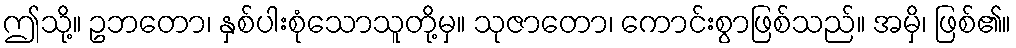
ဤသို့။ ဥဘတော၊ နှစ်ပါးစုံသောသူတို့မှ။ သုဇာတော၊ ကောင်းစွာဖြစ်သည်။ အမှိ၊ ဖြစ်၏။